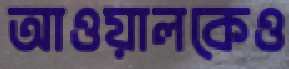
আওয়ালকেও